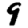
Digit: 9